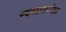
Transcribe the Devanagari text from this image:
स्वच्छकारिता